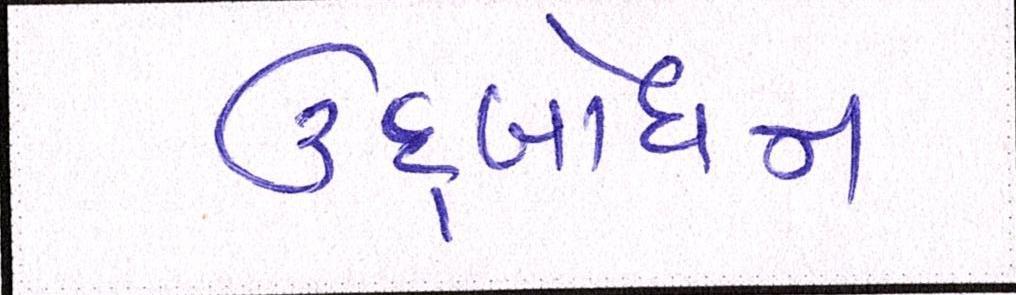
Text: ઉદબોધન